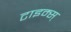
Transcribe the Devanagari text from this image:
टाइम्स्